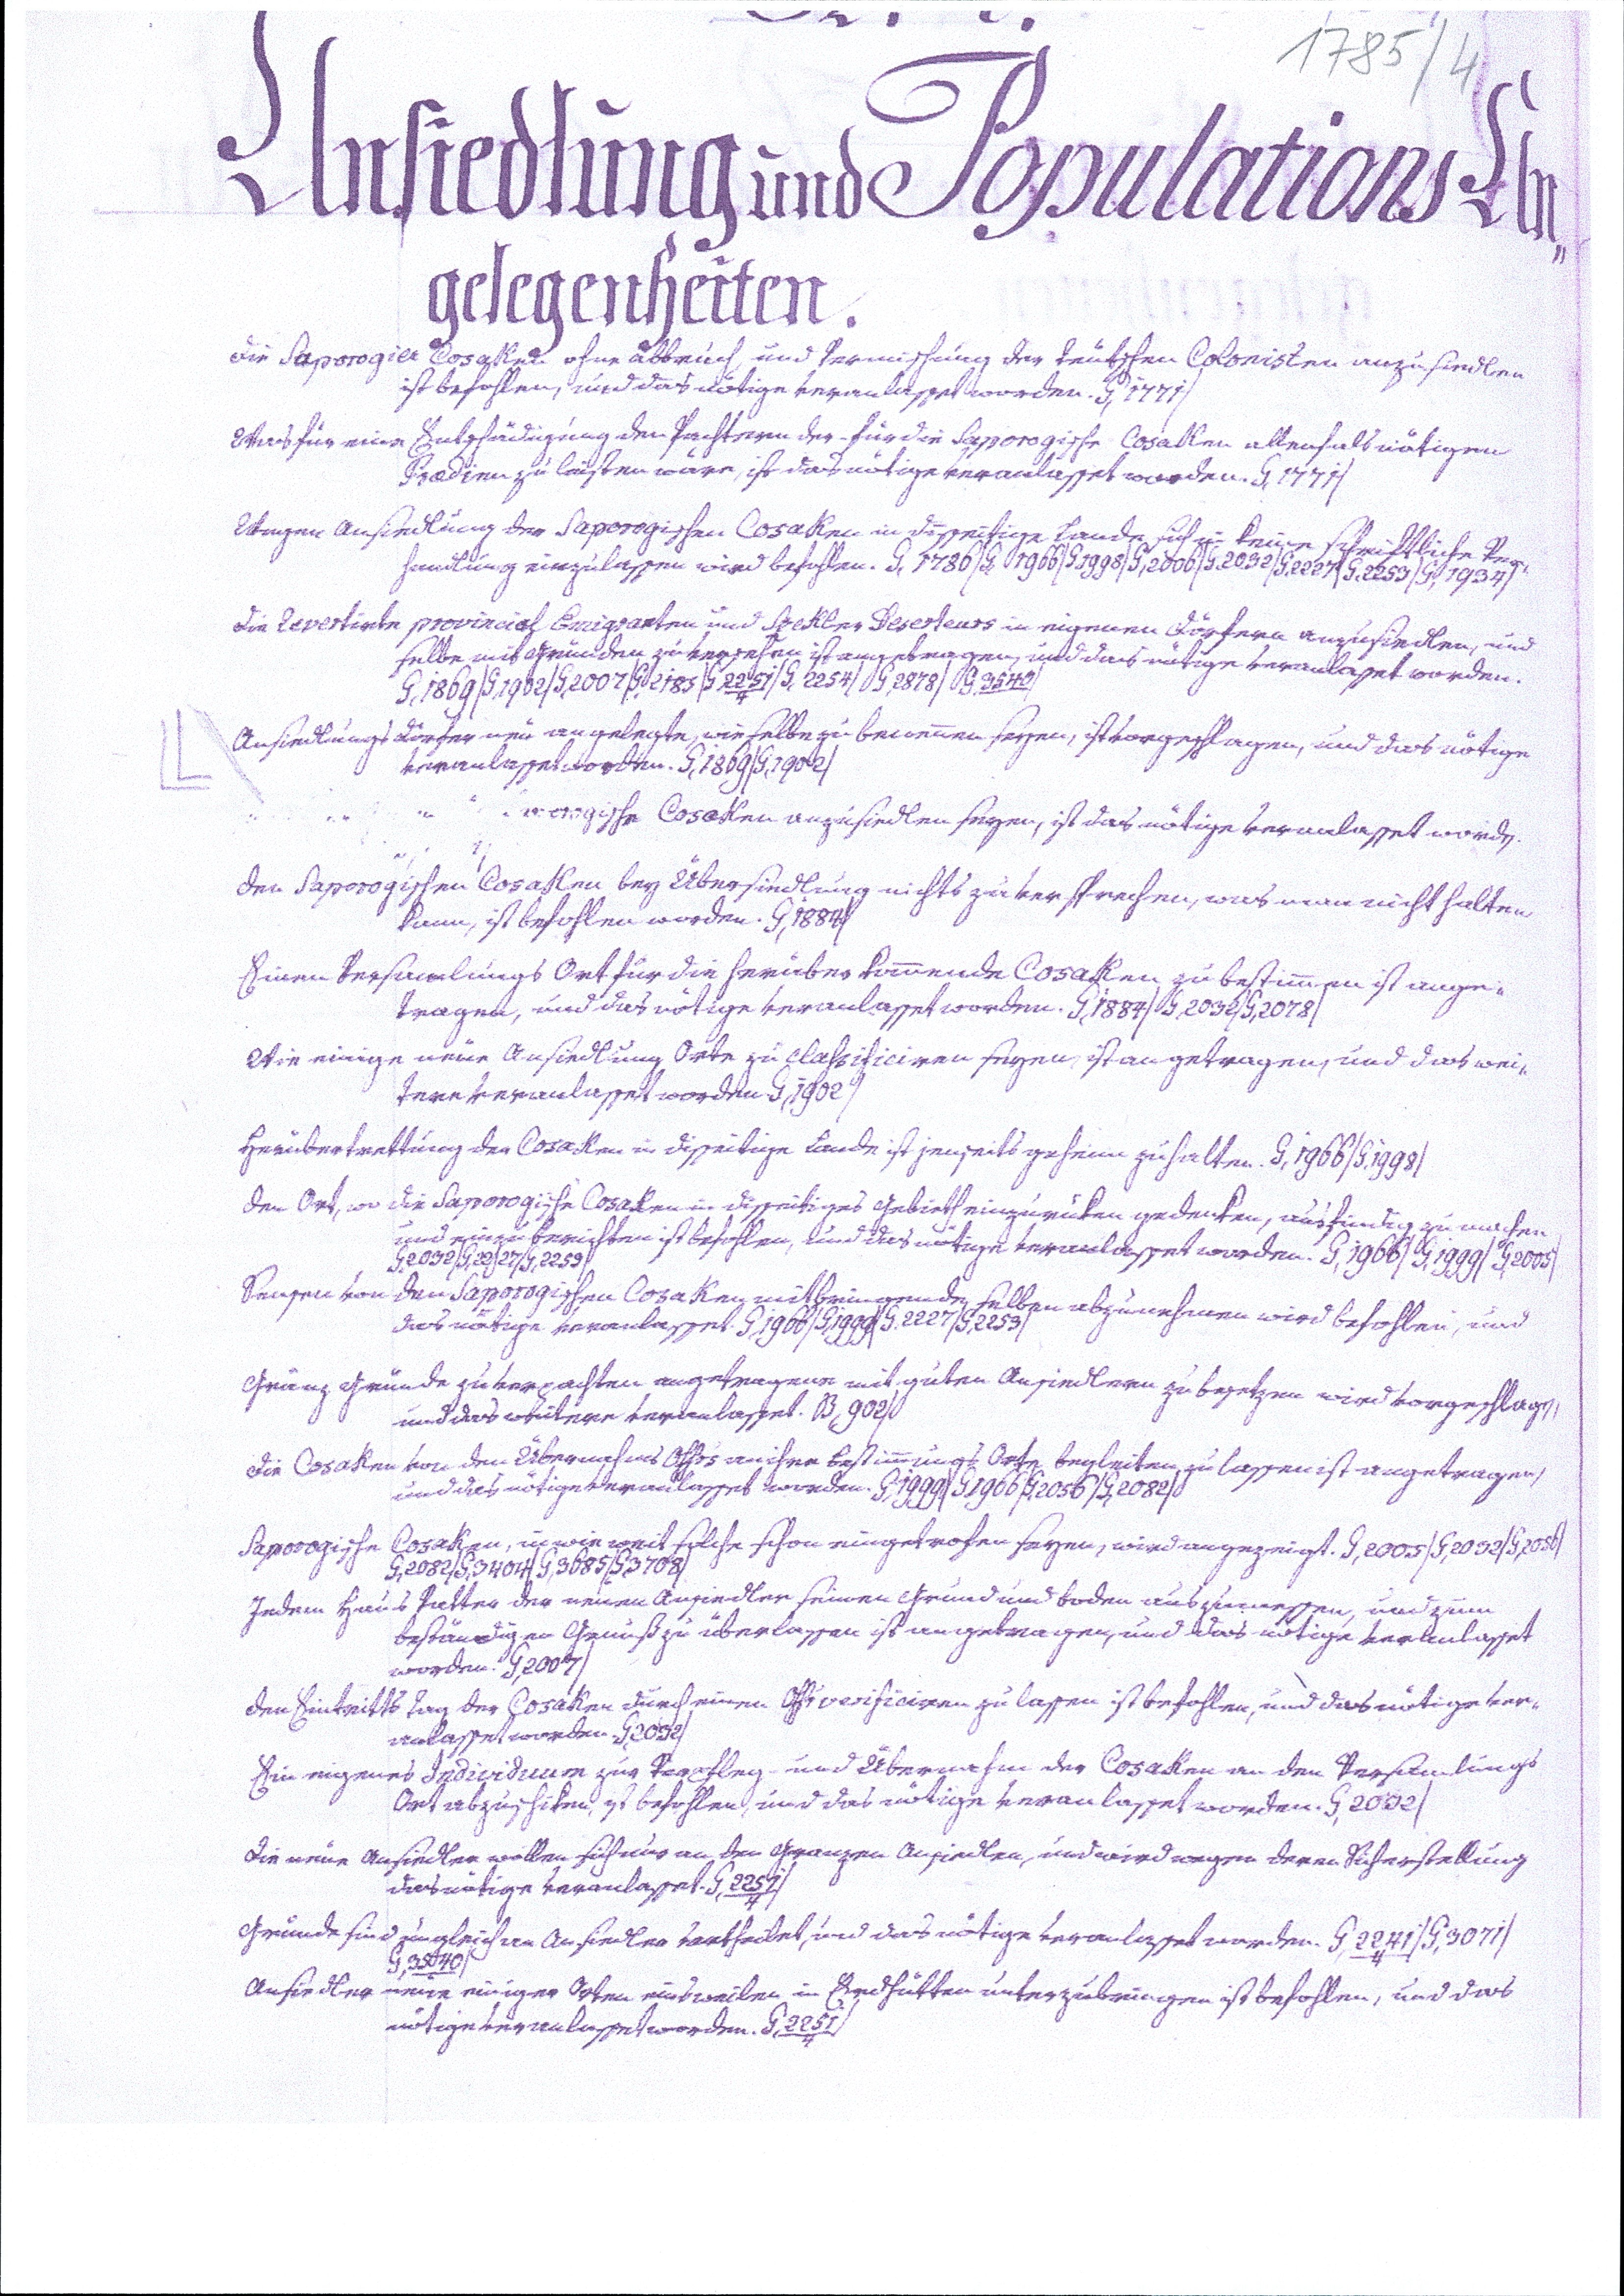
1785/4
Aisunng und mmunda
gelegenheiten.
die Saporogier Cosgked ohne abbruch, und hermischung der teutschen Conisten anzusiedlen
ist befohlen, und das nötige veranlasset worden. G,1771/
Wtass für eine Entschädigung den Pachteen der für die Saporogische Cosallen allenhals nötigen
Pradien zu laisten wäre, ist das nötige veranlasset worden. G,1771/
Wagen Ansiedlung der Saperogischen Cosaken in disseitige Landesich zu keine schriftliche Ver¬
handlung einzulassen wird befahlen. G,1786/G,17966/G,1998/G,2806/G,2052/G,2267/G,2253/G,1937/
Die Revertiote provinnah Emigranten und Spekler Deserteurs in eigenen Dörfern anzusiedlen, und
selbe mit Gründen zu versehen ist angeragen, und das nötige veranlasset worden.
G,1869/G,1962/G,2007/G,2185/G,2261/G,2254/G,2848/B,3642/
Ansiedlungs Dörter neu angelegte, wie selbe zu beneuen seyen, st vorgeschlagen, und das nötige
veranlasset worden. G,1869/G,79062/
erinwworgische Cosaken anzusiedlen seyen, ist das nötige veranlasset worde.

den Paporogischen Cosahlen bey Übersiedlung nichts zu verstrechen, was man nicht halten
kann, ist befohlen worden. G,1884/
Einen Versamlungs Ort für die herüber kommende Cosaken zu beschimmen ist ange¬
tragen, und das nötige veranlasset worden. G,1884/B,2032/G,2078/
Wie einige neue Ansiedlung Orte zu Classiticiren seyen, ist angetragen, und das wein
Tere veranlasset worden. G,1902/
Herübertrettung der Cosaken in disseitige Lande ist jenseits geheim zuhalten. G,1966/G,1998/
den Ort, wo die Paporogische Cosaden in disseitiges Gebieth einzurüken gedenken, ausfindig zu machen.
und einzu berichten ist befohlen, und das nötige veranlasset worden. G,1966/G,1999/G,2005/
G,2052/G,22/27/G,2259/
Seusen von den Saporogischen Cosakeymithringende selben abzunehmen wird befohlen, und
das nötige veranlasset. G,1966/G,1999/G,2227/G,2253/
Gränz Gründe zu verpachten angetragene mit guten Ansiedlern zu bejetzen wird vorgeschlage,
und das wentere veranlasset. B,902/
Die Cosaken von den Übernahms Ohhrs aniher Bestimmungs Orte begleiten, zu lassen ist angetragen,
und das nötige veranlasses worden. G,1999/G,7966/G,2056/G,2082/
Papovogische Cosaken, in wie weit solche schon eingetrofen seyen, wird angezeigt. G,2005/G,2033/G,2556/
G,2082/G,34014/G,3685/G,3708/
Jedem Haus hatter der neuen Ansiedler seinen Grund und boden auszumessen, und zum
beständigen Grnuß zu überlassen ist angetragen, und das nötige veranlasset
worden. G,2005/
den Eintritts fan der Gosaken durch einen Grvesisiciren zu lassen ist befohlen, und das nötige ver¬
anlasset worden 13032/
Ein eigenes Iydirduum zur Verafleg und Übernahm der Cosaken an den Versümlungs
Ort abzuschiken, zt befohlen, und das nötige veranlasset worden. G,2082/
Die neue Ansiedler wollen sich nur an den Granzen Ansiedlen, und wird wegen deren Sicherstellung
das nötige veranlasset. G,2257/
Gründe sind eingleich an Ansiedler vartheilet, und das nötige veranlasset worden. G,2241/G,3071/
G,3849/
Ansiedler neue einiger Oten einsweilen in Erdhütten unterzubringen ist befohlen, und das
nötige veranlasset worden. G,2237/